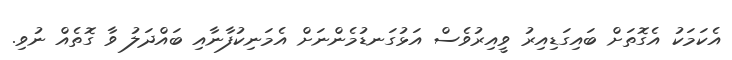
އެކަމަކު އެގޮތަށް ބައިގަޑިއިރު ވީއިރުވެސް އަޅުގަނޑުމެންނަށް އެމަނިކުފާނާއި ބައްދަލު ވާ ގޮތެއް ނުވި.